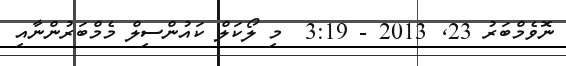
ނޮވެމްބަރު 23